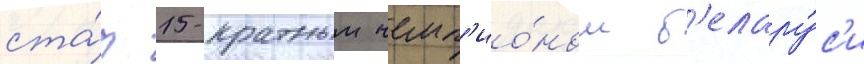
ста́л 15-кратным чемп'ио́ном б'елару́с'и